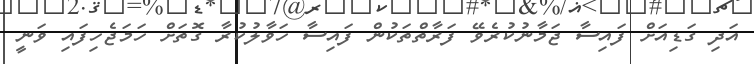
އަދި ގަޑިއަށް ފައިސާ ޖަމާނުކުރެވޭ ފަރާތްތަކުން ފައިސާ ހަވާލުކުރާ ގޮތަށް ހަމަޖެހިފައި ވަނީ